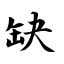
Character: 缺